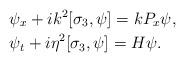
LaTeX: \begin{align*}&\psi_x+ik^2[\sigma_3,\psi]=kP_x\psi,\\&\psi_t+i\eta^2[\sigma_3,\psi]=H\psi.\end{align*}